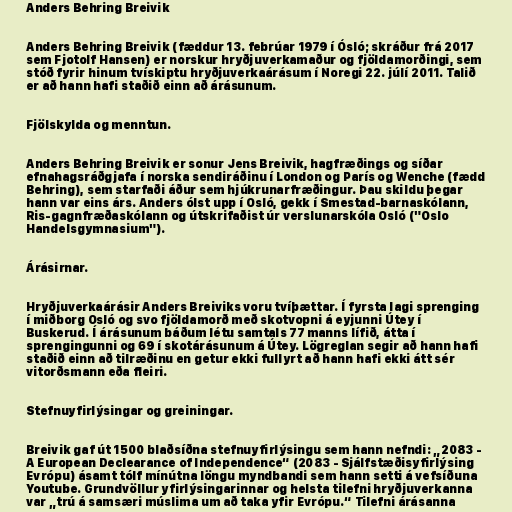
Anders Behring Breivik

Anders Behring Breivik (fæddur 13. febrúar 1979 í Ósló; skráður frá 2017
sem Fjotolf Hansen) er norskur hryðjuverkamaður og fjöldamorðingi, sem
stóð fyrir hinum tvískiptu hryðjuverkaárásum í Noregi 22. júlí 2011. Talið
er að hann hafi staðið einn að árásunum.

Fjölskylda og menntun.

Anders Behring Breivik er sonur Jens Breivik, hagfræðings og síðar
efnahagsráðgjafa í norska sendiráðinu í London og París og Wenche (fædd
Behring), sem starfaði áður sem hjúkrunarfræðingur. Þau skildu þegar
hann var eins árs. Anders ólst upp í Osló, gekk í Smestad-barnaskólann,
Ris-gagnfræðaskólann og útskrifaðist úr verslunarskóla Osló ("Oslo
Handelsgymnasium").

Árásirnar.

Hryðjuverkaárásir Anders Breiviks voru tvíþættar. Í fyrsta lagi sprenging
í miðborg Osló og svo fjöldamorð með skotvopni á eyjunni Útey í
Buskerud. Í árásunum báðum létu samtals 77 manns lífið, átta í
sprengingunni og 69 í skotárásunum á Útey. Lögreglan segir að hann hafi
staðið einn að tilræðinu en getur ekki fullyrt að hann hafi ekki átt sér
vitorðsmann eða fleiri.

Stefnuyfirlýsingar og greiningar.

Breivik gaf út 1500 blaðsíðna stefnuyfirlýsingu sem hann nefndi: „2083 -
A European Declearance of Independence“ (2083 - Sjálfstæðisyfirlýsing
Evrópu) ásamt tólf mínútna löngu myndbandi sem hann setti á vefsíðuna
Youtube. Grundvöllur yfirlýsingarinnar og helsta tilefni hryðjuverkanna
var „trú á samsæri múslima um að taka yfir Evrópu.“ Tilefni árásanna